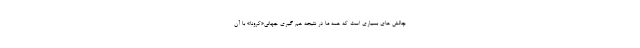
چالش های بسیاری است که همه ما در نتیجه هم گیری جهانی«کرونا» با آن